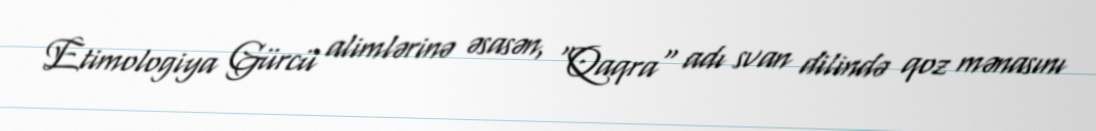
Etimologiya Gürcü alimlərinə əsasən, "Qaqra" adı svan dilində qoz mənasını